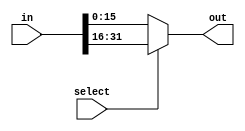
module mux_16_bit_2x1(input [31:0]in,input select,output reg [15:0]out);

always @(*)
begin
	if(!select)begin
		out<=in[15:0];
	end
	else begin
		out <=in[31:16];
	end
end

endmodule